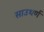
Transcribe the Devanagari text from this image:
साउथर्ण